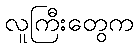
လူကြီးတွေက